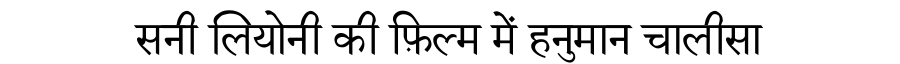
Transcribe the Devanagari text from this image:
सनी लियोनी की फ़िल्म में हनुमान चालीसा